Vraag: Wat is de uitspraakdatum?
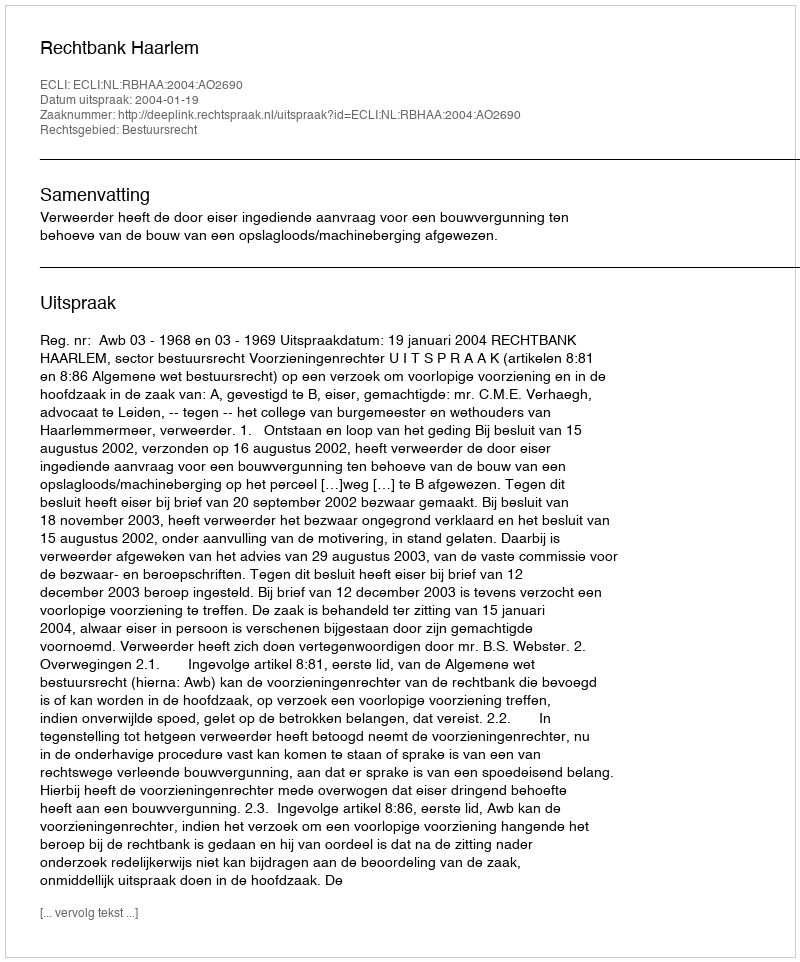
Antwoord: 2004-01-19